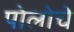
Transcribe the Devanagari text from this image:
पोलोचे